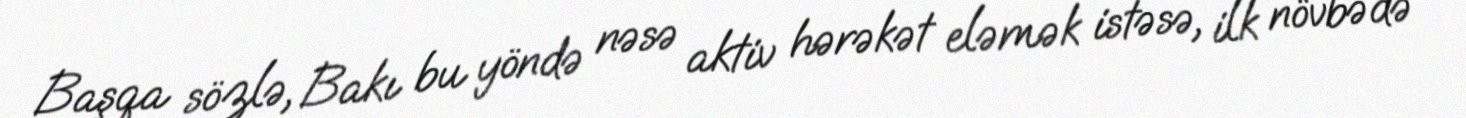
Başqa sözlə, Bakı bu yöndə nəsə aktiv hərəkət eləmək istəsə, ilk növbədə